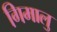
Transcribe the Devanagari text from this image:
गिमालु